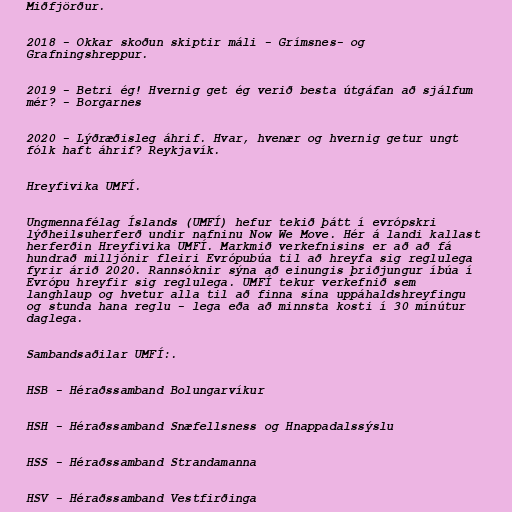
Miðfjörður.

2018 - Okkar skoðun skiptir máli - Grímsnes- og
Grafningshreppur.

2019 - Betri ég! Hvernig get ég verið besta útgáfan að sjálfum
mér? - Borgarnes

2020 - Lýðræðisleg áhrif. Hvar, hvenær og hvernig getur ungt
fólk haft áhrif? Reykjavík.

Hreyfivika UMFÍ.

Ungmennafélag Íslands (UMFÍ) hefur tekið þátt í evrópskri
lýðheilsuherferð undir nafninu Now We Move. Hér á landi kallast
herferðin Hreyfivika UMFÍ. Markmið verkefnisins er að að fá
hundrað milljónir fleiri Evrópubúa til að hreyfa sig reglulega
fyrir árið 2020. Rannsóknir sýna að einungis þriðjungur íbúa í
Evrópu hreyfir sig reglulega. UMFÍ tekur verkefnið sem
langhlaup og hvetur alla til að finna sína uppáhaldshreyfingu
og stunda hana reglu - lega eða að minnsta kosti í 30 mínútur
daglega.

Sambandsaðilar UMFÍ:.

HSB - Héraðssamband Bolungarvíkur

HSH - Héraðssamband Snæfellsness og Hnappadalssýslu

HSS - Héraðssamband Strandamanna

HSV - Héraðssamband Vestfirðinga